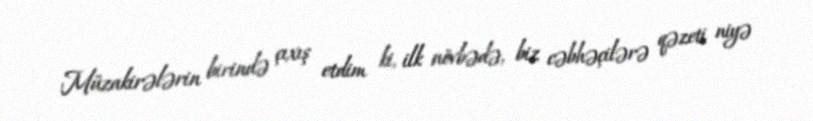
Müzakirələrin birində çıxış etdim ki, ilk növbədə, biz cəbhəçilərə qəzeti niyə